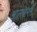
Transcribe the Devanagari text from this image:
आलसभरी